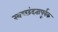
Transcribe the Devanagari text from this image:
स्वच्छंदतापूर्वक